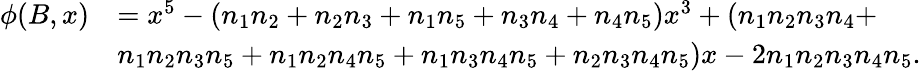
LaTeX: \begin{array}{rl}{\phi(B,x)}&{=x^{5}-(n_{1}n_{2}+n_{2}n_{3}+n_{1}n_{5}+n_{3}n_{4}+n_{4}n_{5})x^{3}+(n_{1}n_{2}n_{3}n_{4}+}\\ &{n_{1}n_{2}n_{3}n_{5}+n_{1}n_{2}n_{4}n_{5}+n_{1}n_{3}n_{4}n_{5}+n_{2}n_{3}n_{4}n_{5})x-2n_{1}n_{2}n_{3}n_{4}n_{5}.}\end{array}